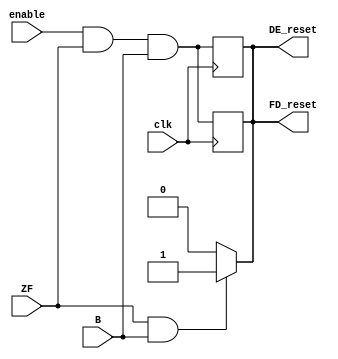
module BU(ZF, B, FD_reset, DE_reset, enable, clk);

input ZF, B;
output reg FD_reset, DE_reset;

input enable, clk;

assign FD_reset = (ZF & B)? 1'b1 : 1'b0;
assign DE_reset = (ZF & B)? 1'b1 : 1'b0;

always @(posedge clk) 
    begin
        FD_reset <= (enable & ZF & B);
        DE_reset <= (enable & ZF & B);
    end
endmodule